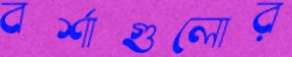
বর্শাগুলোর